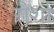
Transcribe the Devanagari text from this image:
रौर्शा